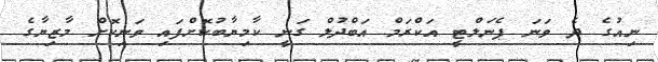
ނިއުގެ ދެ ވަނަ ޕެނަލްޓީ އަކްރަމް އަބްދުލް ގަނީ ކާމިޔާބުކޮށްފައި ވަނިކޮށް މާޒިޔާގެ